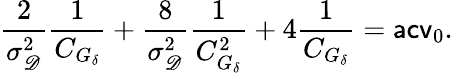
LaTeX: \frac{2}{\sigma_{\mathscr D}^{2}}\frac{1}{C_{G_{\delta}}}+\frac{8}{\sigma_{\mathscr D}^{2}}\frac{1}{C_{G_{\delta}}^{2}}+4\frac{1}{C_{G_{\delta}}}=\mathsf{acv}_{0}.